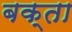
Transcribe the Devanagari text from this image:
बक्‍ता